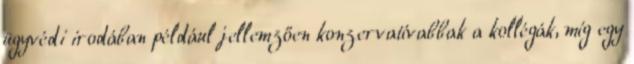
ügyvédi irodában például jellemzően konzervatívabbak a kollégák, míg egy